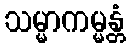
သမ္မာကမ္မန္တံ